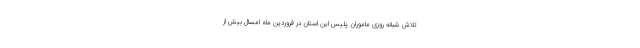
تلاش شبانه روزی ماموران پلیس این استان در فروردین ماه امسال بیش از